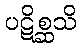
ပဋိစ္ဆသိ